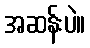
အဆန်းပဲ။